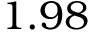
1 . 9 8